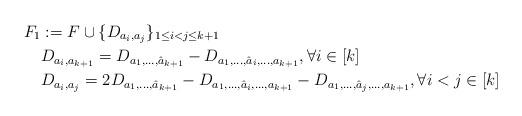
LaTeX: \begin{align*} F_1 &:= F \cup \{ D_{a_i, a_j}\}_{1\leq i < j \leq k+1} \\ &D_{a_i, a_{k+1}} = D_{a_1 , \ldots , \hat a_{k+1} } - D_{a_1, \ldots , \hat a_i , \ldots , a_{k+1}}, \forall i\in [k]\\ &D_{a_i, a_j} = 2D_{a_1 , \ldots , \hat a_{k+1} } - D_{a_1, \ldots , \hat a_i , \ldots , a_{k+1}}- D_{a_1, \ldots , \hat a_j , \ldots , a_{k+1}}, \forall i<j\in [k]\end{align*}